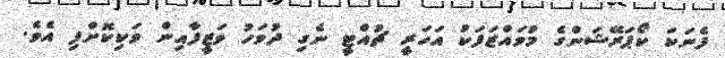
ފެނަކަ ކޯޕަރޭޝަންގެ މުވައްޒަފަކު އަހަރީ ޗުއްޓީ ނެގި ދުވަހު ވަޒީފާއިން ވަކިކޮށްފި އެވެ.